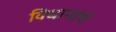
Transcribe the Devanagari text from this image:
विधानांचे